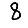
Digit: 8